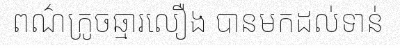
ពណ៌ក្រូចឆ្មារលឿង បានមកដល់ទាន់